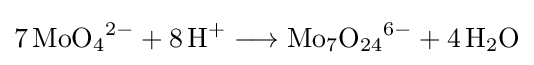
{7\,\mathrm {MoO} {\vphantom {A}}_{\smash[{t}]{4}}{\vphantom {A}}^{2-}{}+{}8\,\mathrm {H} {\vphantom {A}}^{+}{}\mathrel {\longrightarrow } {}\mathrm {Mo} {\vphantom {A}}_{\smash[{t}]{7}}\mathrm {O} {\vphantom {A}}_{\smash[{t}]{24}}{\vphantom {A}}^{6-}{}+{}4\,\mathrm {H} {\vphantom {A}}_{\smash[{t}]{2}}\mathrm {O} }